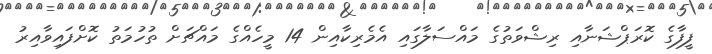
ފީފާގެ ކޮރަޕްޝަނާއި ރިޝްވަތުގެ މައްސަލާގައި އެމެރިކާއިން 14 މީހެއްގެ މައްޗަށް ތުހުމަތު ކޮށްފައިވާއިރު